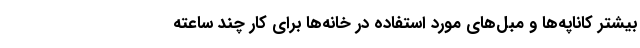
بیشتر کاناپه‌ها و مبل‌های مورد استفاده در خانه‌ها برای کار چند ساعته